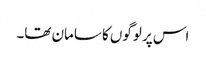
اس پر لوگوں کا سامان تھا۔